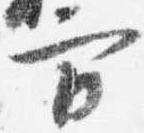
方